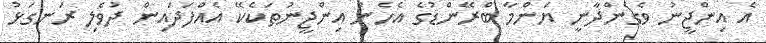
އެ އިންޖީނު ވެގެންދާނީ ޔަންމާ ބްރޭންޑުގެ އެހެން އިންޖީނުތަކެކޭ އެއްފަދައިން ދުވެލި ރަނގަޅު